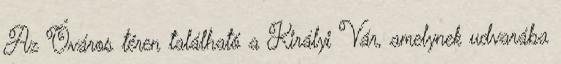
Az Óváros téren található a Királyi Vár, amelynek udvarába